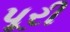
પૂરી